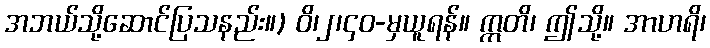
အဘယ်သို့ဆောင်ပြသနည်း။) ဝိ၊၂၊၄၀-မှယူရန်။ ဣတိ၊ ဤသို့။ အာဟရိ၊